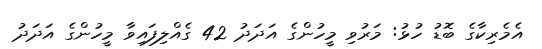
އެމެރިކާގެ ބޮޑު ހުޅު: މަރުވި މީހުންގެ އަދަދު 42 ގެއްލިފައިވާ މީހުންގެ އަދަދު